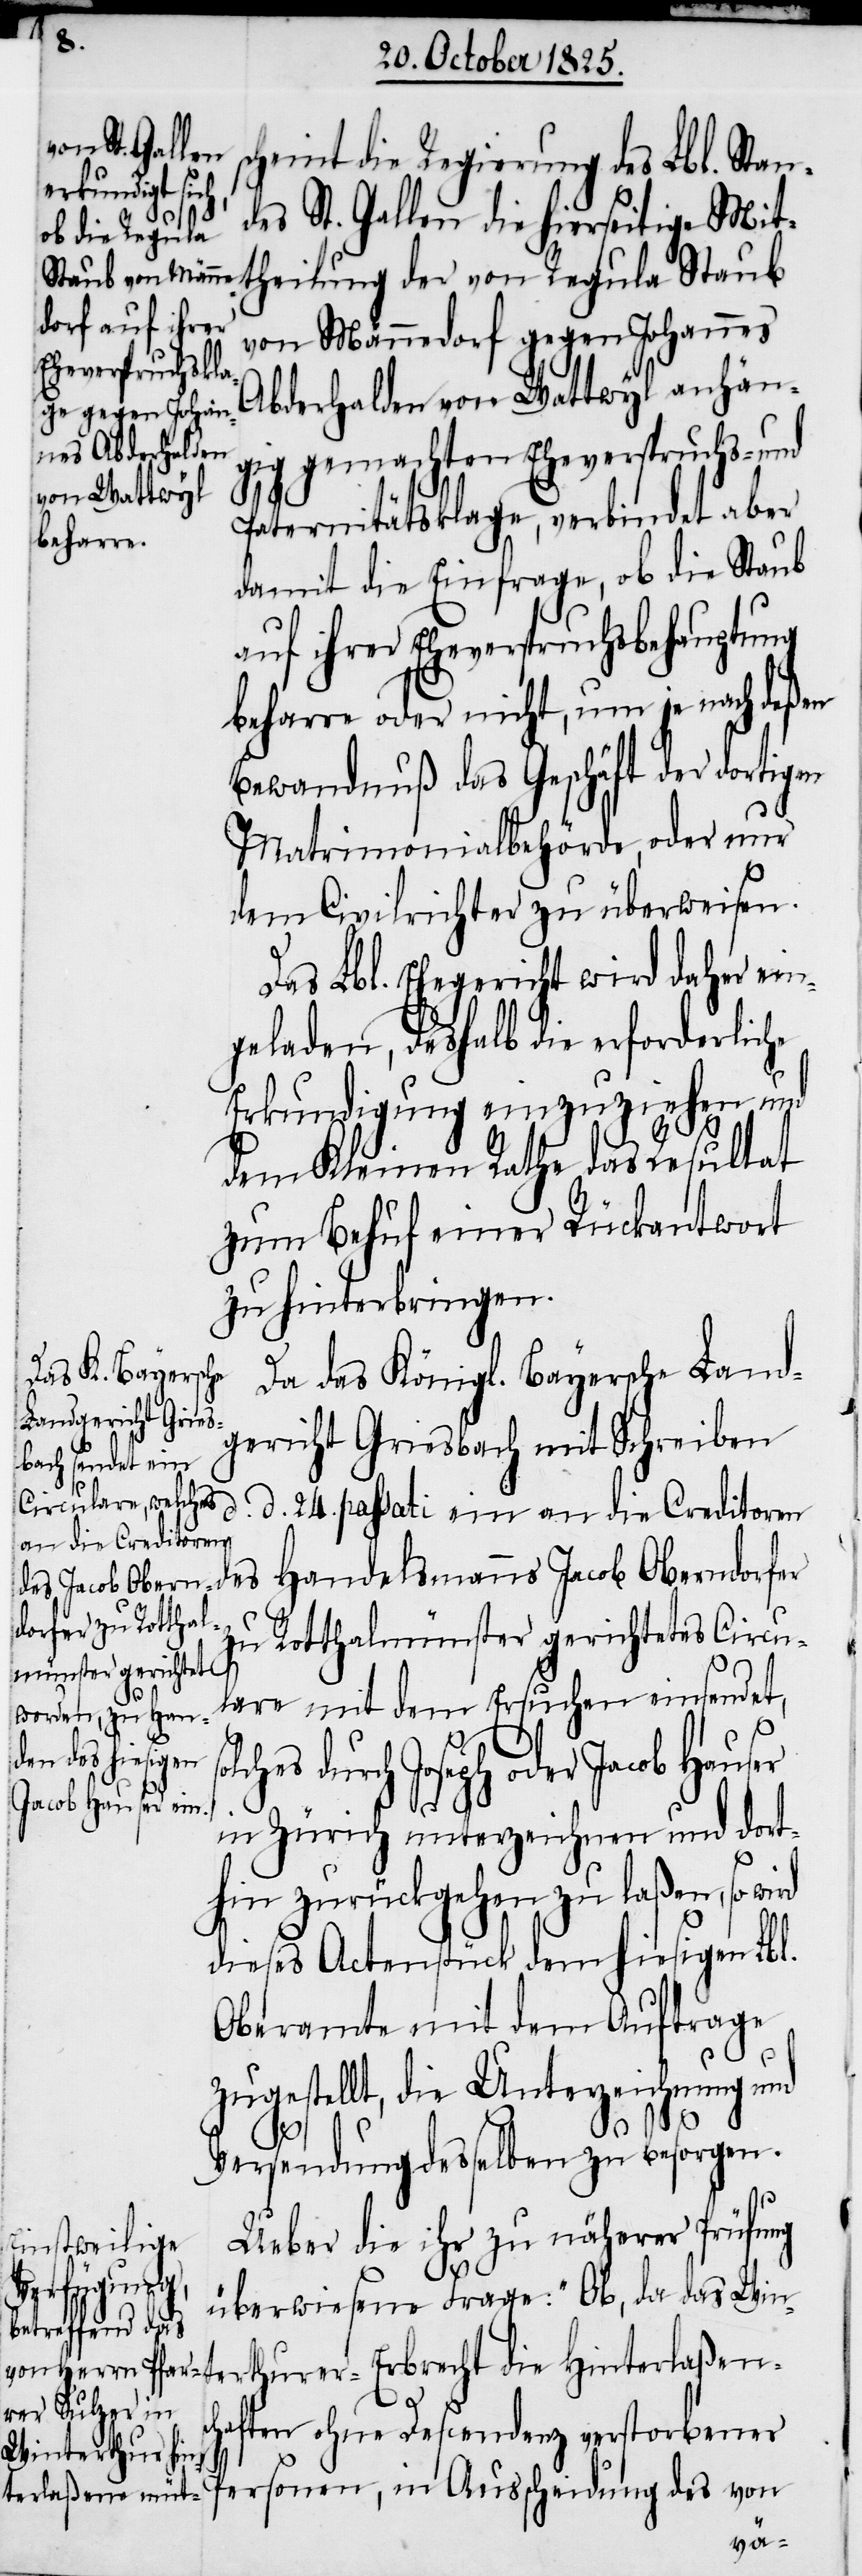
cheint die Regierung des Lbl. Stan¬
s¬
des St. Gallen die hierseitige Mit¬
theilung der von Regula Staub
von Männedorf gegen Johannes
Abderhalden von Wattwyl anhän¬
gig gemachten Eheverspruchs- und
Paternitätsklage, verbindet aber
damit die Einfrage, ob die Staub
auf ihrer Eheverspruchsbehauptung
beharre oder nicht, um je nach deßen
Bewandnuß das Geschäft der dortigen
Matrimonialbehörde, oder nur
dem Civilrichter zu überweisen.
Das Lbl. Ehegericht wird daher ein¬
geladen, deshalb die erforderliche
Erkundigung einzuziehen und
dem Kleinen Rathe das Resultat
zum Behuf einer Rückantwort
zu hinterbringen.
Da das Königl. Bayersche Land¬
gericht Griesbach mit Schreiben
d. d. 24. passati ein an die Creditoren
zu Rotthalmünster gerichtetes Circu¬
lare mit dem Ersuchen einsendet,
terthurer-Erbrecht die Hint¬
in Zürich unterzeichnen und dort¬
hin zurückgehen zu laßen, so wird
dieses Actenstück dem hiesigen Lbl.
Oberamte mit dem Auftrage
zugestellt, die Unterzeichnung und
dorfer
Versendung desselben zu besorgen.
Ueber die ihr zu näherer Prüfung
erlaßens¬
überwiesene Frage: „Ob, da das Win¬
chaften ohne Descendenz verstorbener
Personen, in Ausscheidung des von